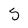
Character: 5